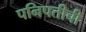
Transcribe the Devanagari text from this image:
पनिपतीची